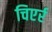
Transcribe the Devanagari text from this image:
चिएर्र